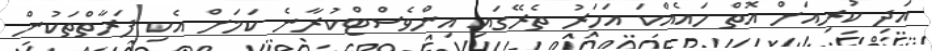
އަދި ކުރިއަށް އޮތް ހައެއްކަ އަހަރު ތެރޭގައި އިންވެސްޓްކުރާނެ ކަަމަށް އެކި ފަރާތްތަކުން